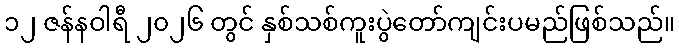
၁၂ ဇန်နဝါရီ ၂၀၂၆ တွင် နှစ်သစ်ကူးပွဲတော်ကျင်းပမည်ဖြစ်သည်။